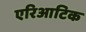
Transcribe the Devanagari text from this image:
एरिआटिक